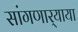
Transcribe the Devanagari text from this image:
सांगणार्‍याया